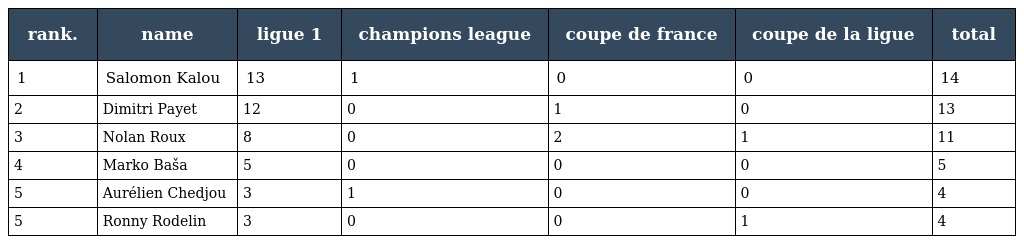
| rank. | name | ligue 1 | champions league | coupe de france | coupe de la ligue | total |
 | --- | --- | --- | --- | --- | --- | --- |
 | 1 | Salomon Kalou | 13 | 1 | 0 | 0 | 14 |
 | 2 | Dimitri Payet | 12 | 0 | 1 | 0 | 13 |
 | 3 | Nolan Roux | 8 | 0 | 2 | 1 | 11 |
 | 4 | Marko Baša | 5 | 0 | 0 | 0 | 5 |
 | 5 | Aurélien Chedjou | 3 | 1 | 0 | 0 | 4 |
 | 5 | Ronny Rodelin | 3 | 0 | 0 | 1 | 4 |